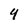
Character: 4